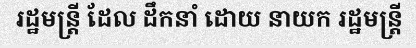
រដ្ឋមន្ត្រី ដែល ដឹកនាំ ដោយ នាយក រដ្ឋមន្ត្រី